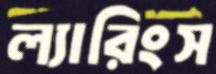
ল্যারিংস